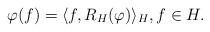
LaTeX: \begin{align*}\varphi(f) = \langle f, R_H(\varphi)\rangle_H, f\in H.\end{align*}